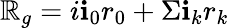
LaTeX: \mathbb{R}_{g}=i\textbf{i}_{0}r_{0}+\Sigma\textbf{i}_{k}r_{k}